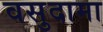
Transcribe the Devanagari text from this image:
वसुदामा